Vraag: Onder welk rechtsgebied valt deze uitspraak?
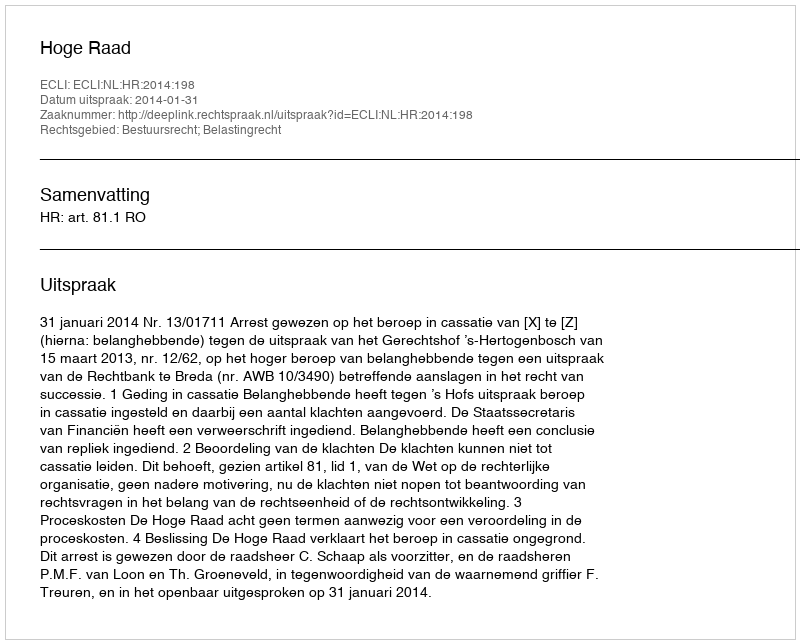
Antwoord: Bestuursrecht; Belastingrecht